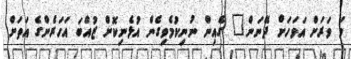
މަ ވަރަށް އަވަހަށް ދޭނަން" ގެއިން ނުނިކުމެވިގެން އުޅެނިކޮށް ޒުއްބަ އަހަރެންގެ އަތަށް